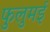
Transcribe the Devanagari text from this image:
फुलुमई